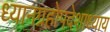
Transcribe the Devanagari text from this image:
ध्यानग्रहोपदेशाध्याय